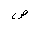
Letter: _sad